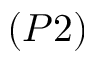
( P 2 )